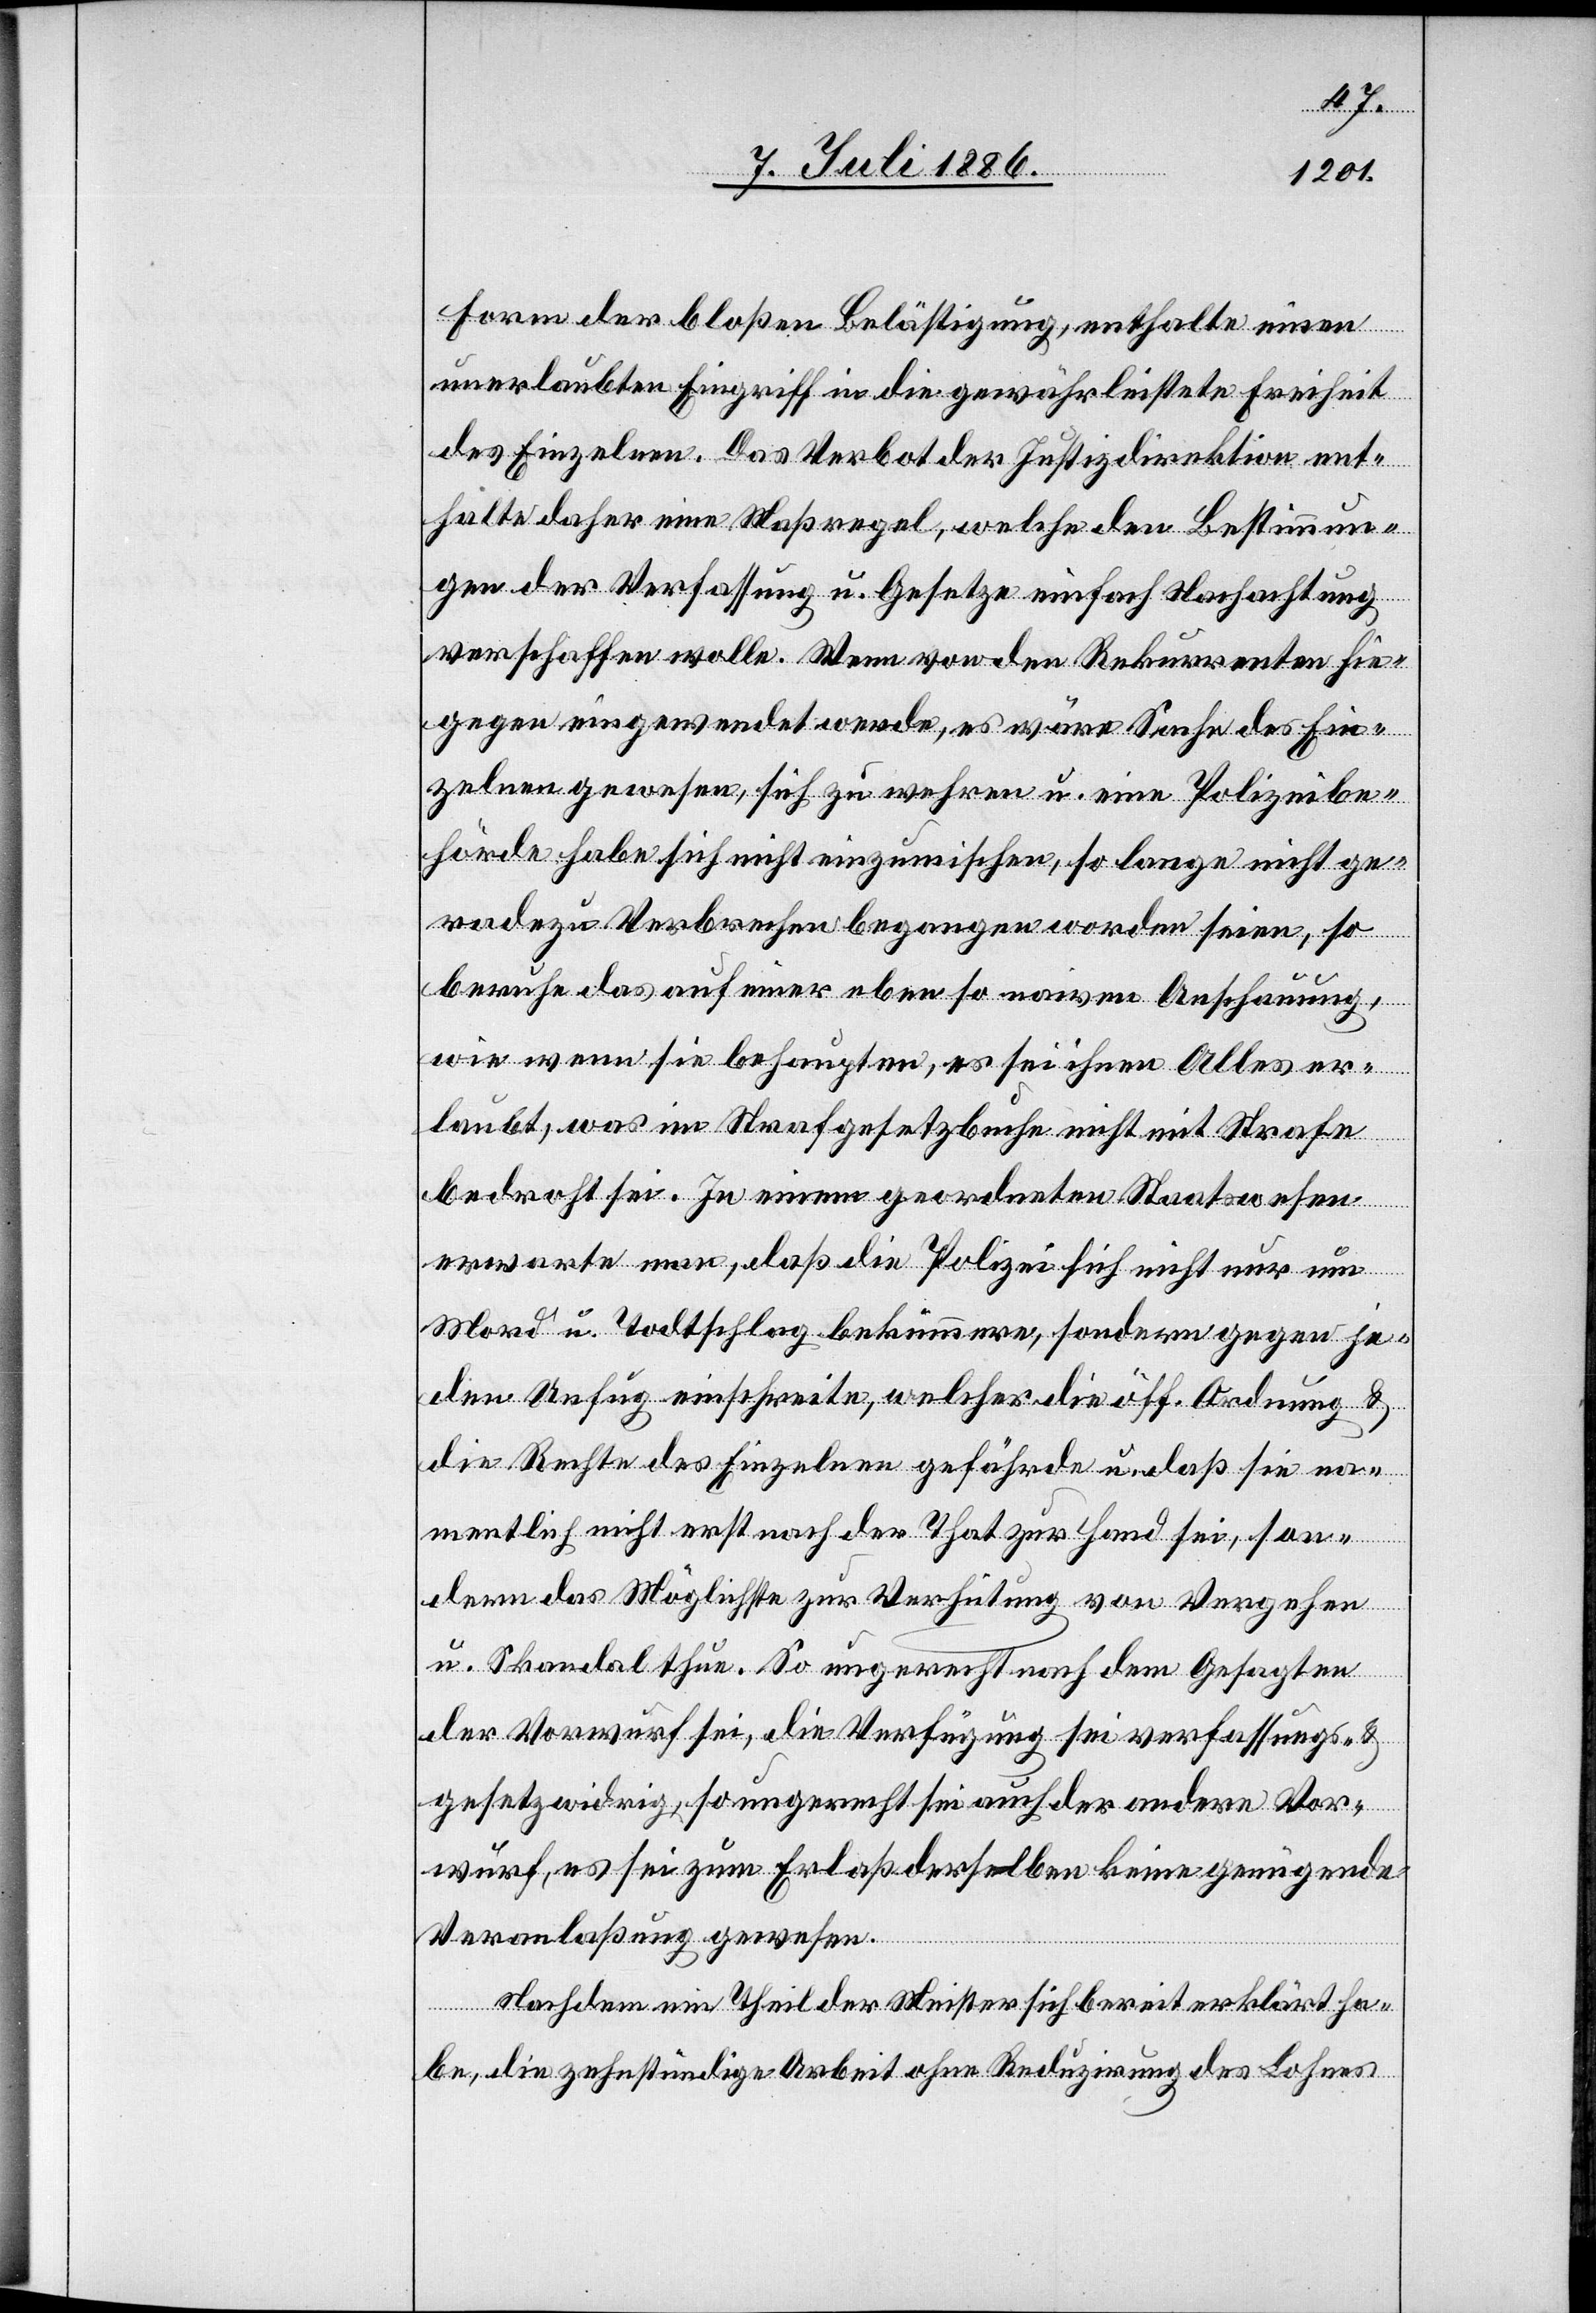
Form der bloßen Beläßtigung, enthalte einen
unerlaubten Eingriff in die gewährleistete Freiheit
des Einzelnen. Das Verbot der Justizdirektion ent¬
halte daher eine Maßregel, welche den Bestimmun¬
gen der Verfassung u. Gesetze einfach Nachachtung
verschaffen wolle. Wenn von den Rekurrenten hie¬
gegen eingewendet werde, es wäre Sache des Ein¬
zelnen gewesen, sich zu wehren u. eine Polizeibe¬
hörde habe sich nicht einzumischen, so lange nicht ge¬
radezu Verbrechen begangen worden seien, so
beruhe das auf einer eben so naiven Anschauung,
wie wenn sie behaupten, es sei ihnen Alles er¬
laubt, was im Strafgesetzbuche nicht mit Strafe
bedroht sei. In einem geordneten Staatswesen
erwarte man, daß die Polizei sich nicht nur um
Mord u. Todtschlag bekümmere, sondern gegen je¬
den Unfug einschreite, welcher die öff. Ordnung &
die Rechte des Einzelnen gefährde u. daß sie na¬
mentlich nicht erst nach der That zur Hand sei, son¬
dern das Möglichste zur Verhütung von Vergehen
u. Skandal thue. So ungerecht nach dem Gesagten
der Vorwurf sei, die Verfügung sei verfassungs- &
gesetzwidrig, so ungerecht sei auch der andere Vor¬
wurf, es sei zum Erlaß derselben keine genügende
Veranlaßung gewesen.
Nachdem ein Theil der Meister sich bereit erklärt ha¬
be, die zehnstündige Arbeit ohne Reduzirung des Lohnes